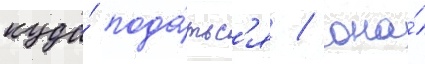
куда́ пода́тьс'я / она́